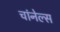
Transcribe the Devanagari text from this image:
चांनेल्स